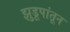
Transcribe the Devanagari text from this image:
झुडूपांतून